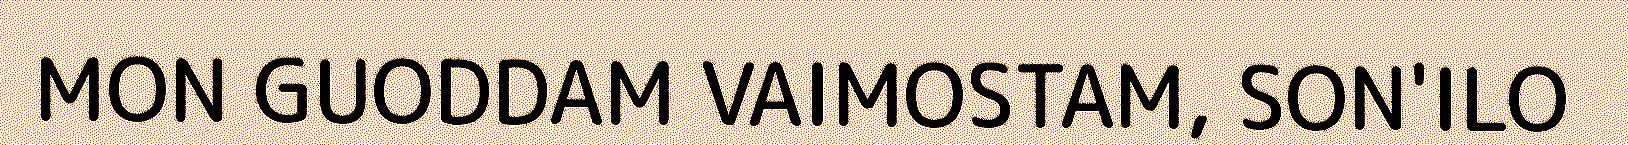
MON GUODDAM VAIMOSTAM, SON'ILO